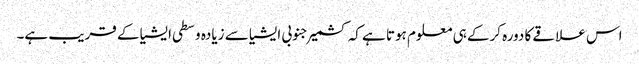
اس علاقے کا دورہ کرکے ہی معلوم ہوتا ہے کہ کشمیر جنوبی ایشیا سے زیادہ وسطی ایشیا کے قریب ہے۔